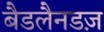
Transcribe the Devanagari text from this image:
बैडलैनडज़